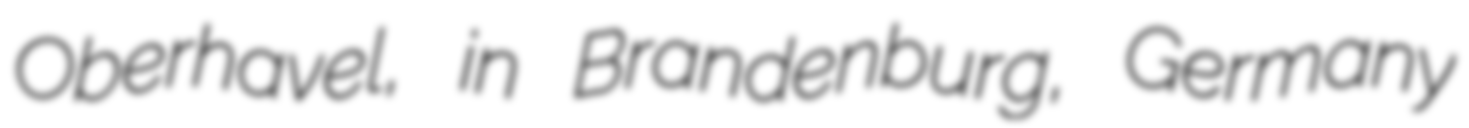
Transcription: Oberhavel, in Brandenburg, Germany